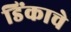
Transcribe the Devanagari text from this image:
डिंकाचे